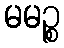
မမဉ္စ